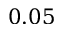
0 . 0 5